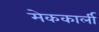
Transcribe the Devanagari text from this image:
मेककार्ली